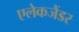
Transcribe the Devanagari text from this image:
एलेकजैंडर